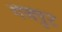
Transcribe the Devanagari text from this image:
गजपुट